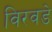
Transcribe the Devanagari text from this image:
विरवडे